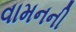
વામનની